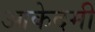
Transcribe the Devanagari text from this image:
आकेदमी